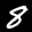
Label: 8